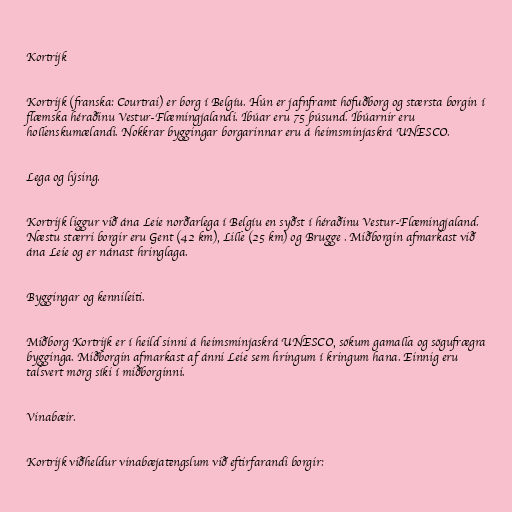
Kortrijk

Kortrijk (franska: Courtrai) er borg í Belgíu. Hún er jafnframt höfuðborg og stærsta borgin í
flæmska héraðinu Vestur-Flæmingjalandi. Íbúar eru 75 þúsund. Íbúarnir eru
hollenskumælandi. Nokkrar byggingar borgarinnar eru á heimsminjaskrá UNESCO.

Lega og lýsing.

Kortrijk liggur við ána Leie norðarlega í Belgíu en syðst í héraðinu Vestur-Flæmingjaland.
Næstu stærri borgir eru Gent (42 km), Lille (25 km) og Brugge . Miðborgin afmarkast við
ána Leie og er nánast hringlaga.

Byggingar og kennileiti.

Miðborg Kortrijk er í heild sinni á heimsminjaskrá UNESCO, sökum gamalla og sögufrægra
bygginga. Miðborgin afmarkast af ánni Leie sem hringum í kringum hana. Einnig eru
talsvert mörg síki í miðborginni.

Vinabæir.

Kortrijk viðheldur vinabæjatengslum við eftirfarandi borgir: